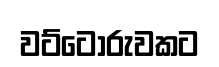
වට්ටෝරුවකට